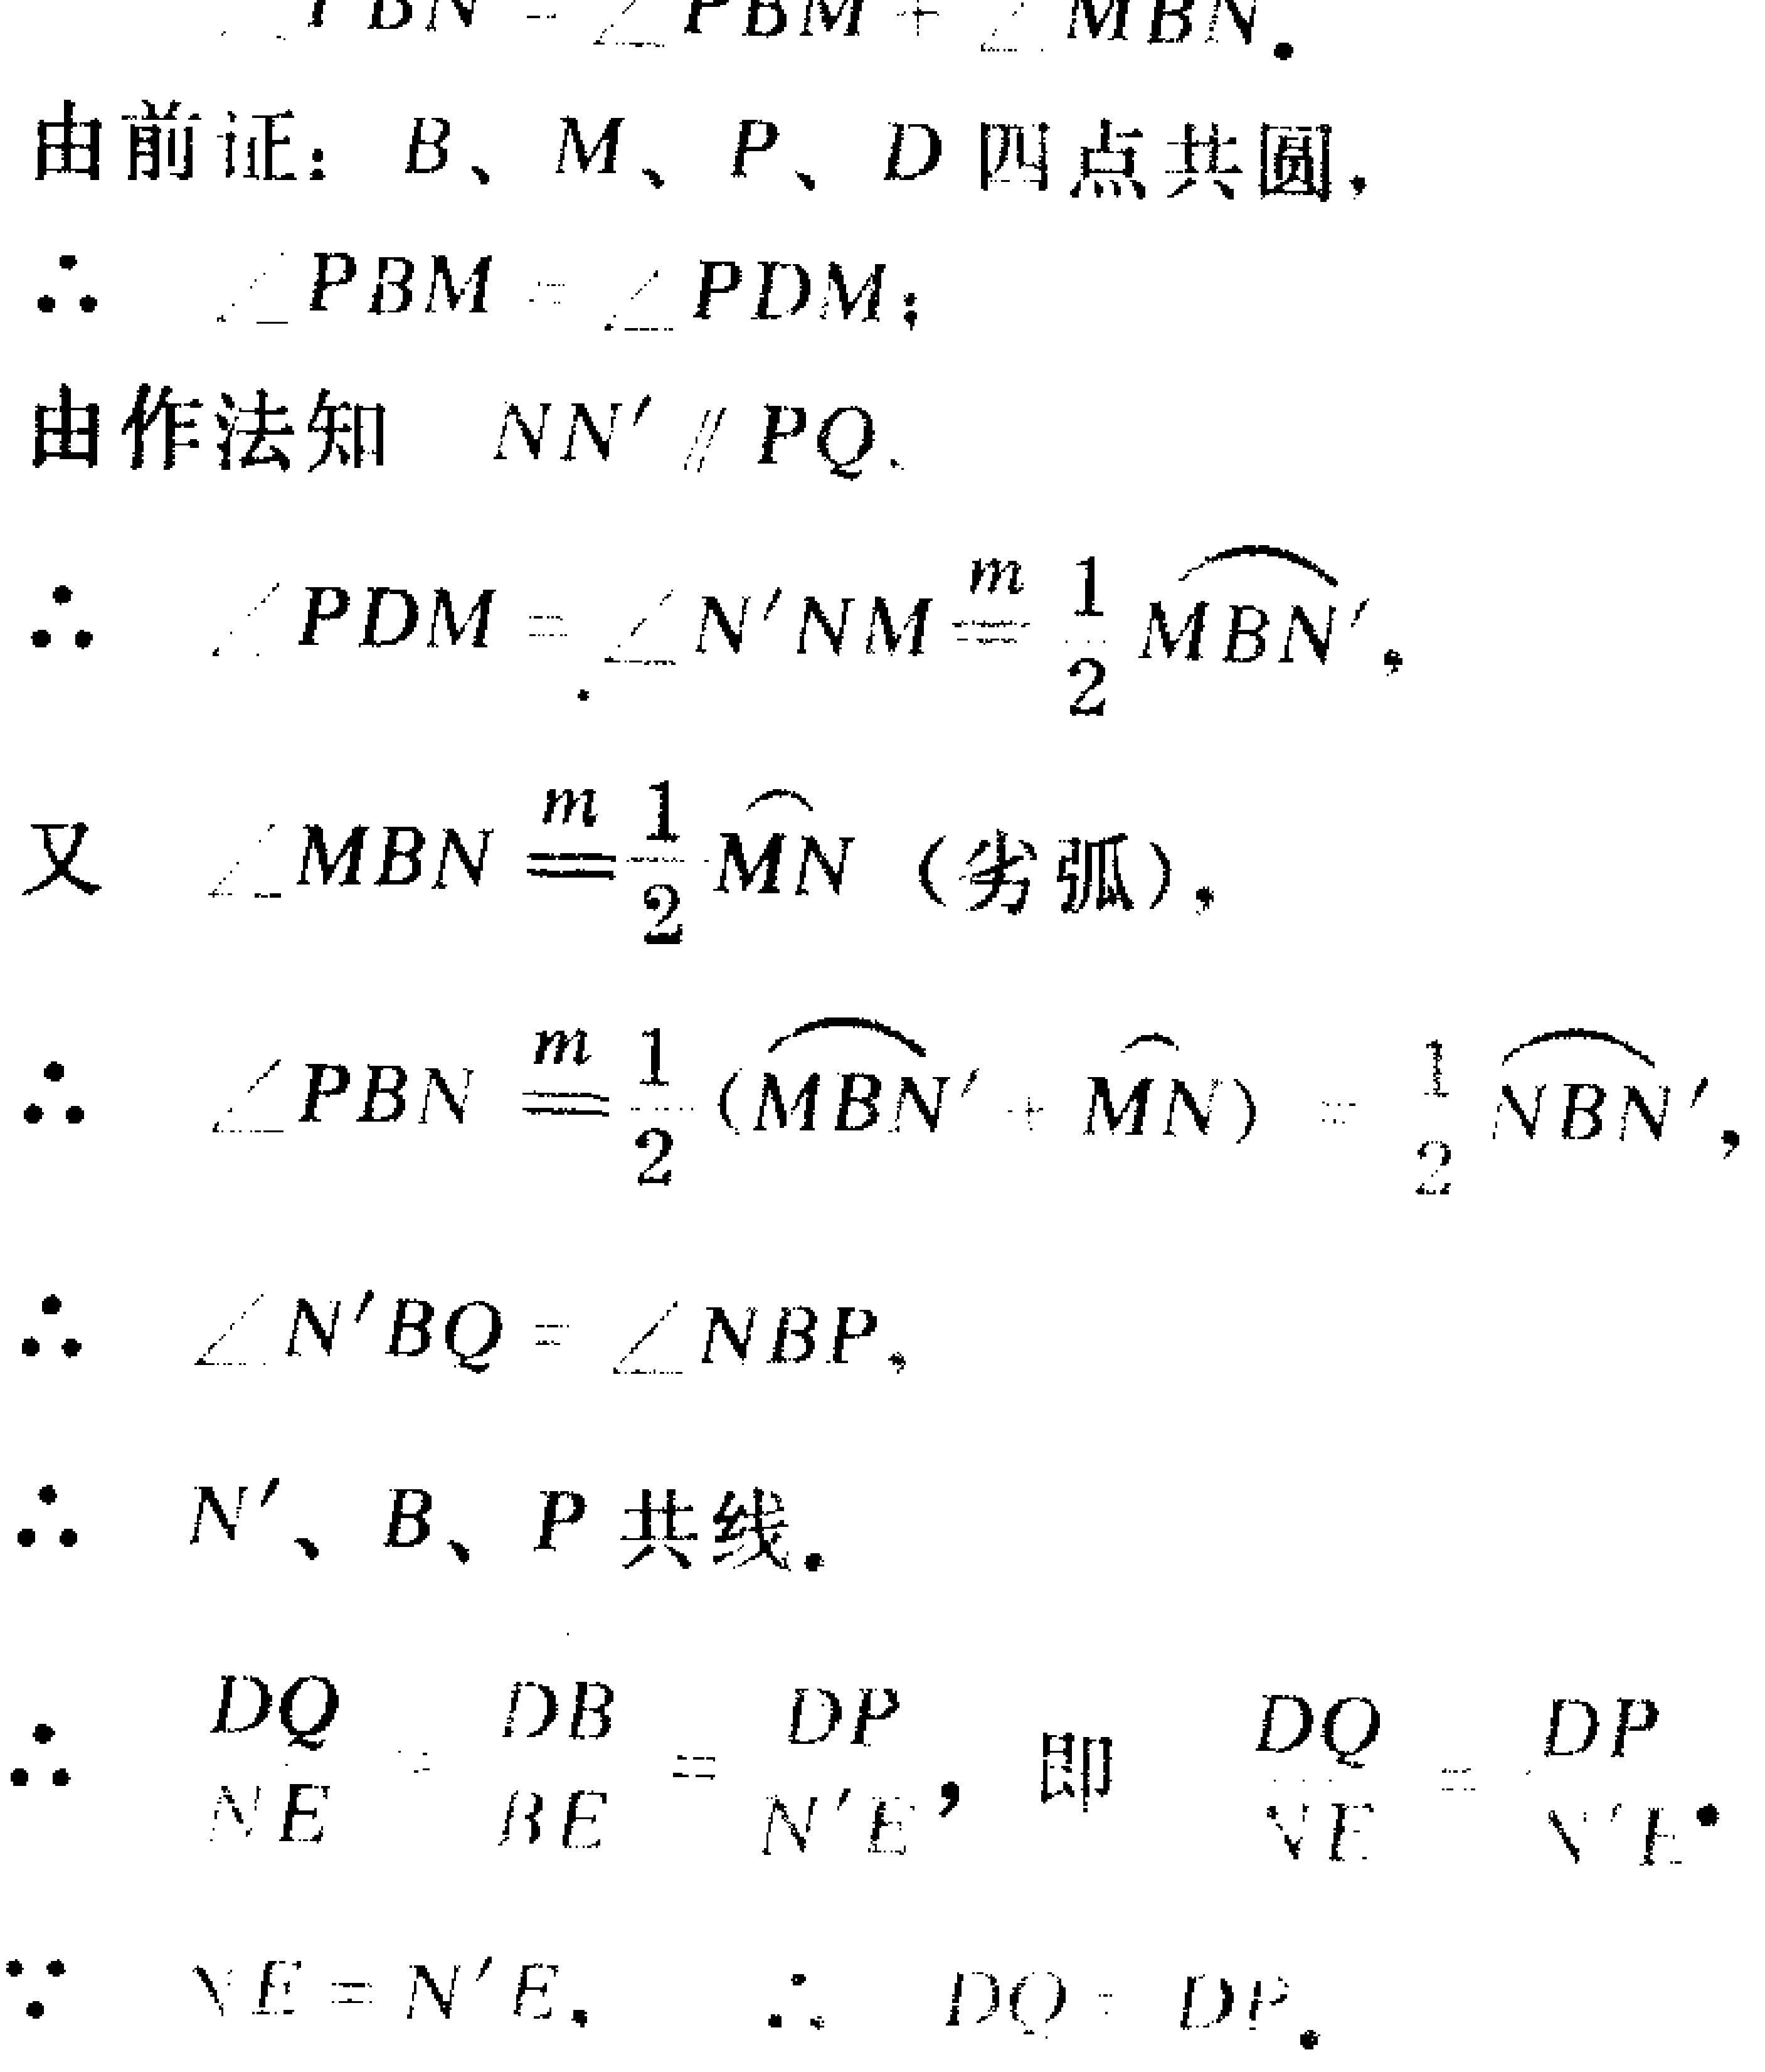
由前证：\(B、M、P、D\)四点共圆，
\(\therefore \angle PBM = \angle PDM\)；
由作法知 \(NN'\parallel PQ\).
\(\therefore \angle PDM=\angle N'NM\overset{m}{=}\frac{1}{2}\overset{\frown}{MBN'}\)，
又 \(\angle MBN\overset{m}{=}\frac{1}{2}\overset{\frown}{MN}\)（劣弧），
\(\therefore \angle PBN\overset{m}{=}\frac{1}{2}(\overset{\frown}{MBN'}+\overset{\frown}{MN}) = \frac{1}{2}\overset{\frown}{NBN'}\)，
\(\therefore \angle N'BQ = \angle NBP\)，
\(\therefore N'、B、P\)共线.
\(\therefore \frac{DQ}{NE}=\frac{DB}{BE}=\frac{DP}{N'E}\)，即 \(\frac{DQ}{NE}=\frac{DP}{N'E}\).
\(\because NE = N'E\)，\(\therefore DQ = DP\).